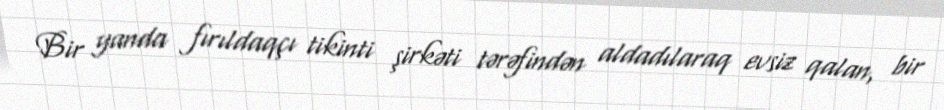
Bir yanda fırıldaqçı tikinti şirkəti tərəfindən aldadılaraq evsiz qalan, bir